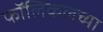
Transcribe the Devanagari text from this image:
फॉलिकलच्या